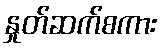
နှုတ်ဆက်စကား